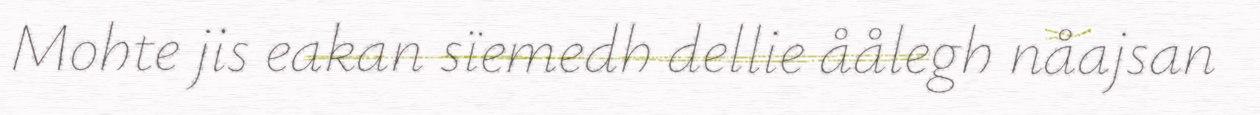
Mohte jis eakan sïemedh dellie åålegh nåajsan